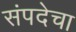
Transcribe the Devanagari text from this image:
संपदेचा